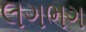
લગભગ